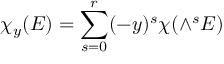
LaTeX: \chi _ { y } ( E ) = \sum _ { s = 0 } ^ { r } ( - y ) ^ { s } \chi ( \wedge ^ { s } E ) \,